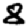
Digit: 8